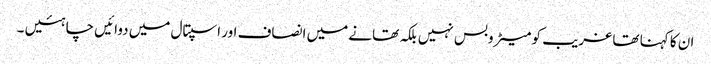
ان کا کہنا تھا غریب کو میٹروبس نہیں بلکہ تھانے میں انصاف اور اسپتال میں دوائیں چاہئیں ۔